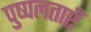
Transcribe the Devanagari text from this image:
पुष्पलताएँ